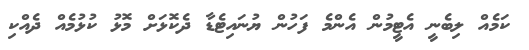
ކަމެއް ލިބެނީ އެޓީމުން އެންމެ ފަހުން ޔުނައިޓެޑާ ދެކޮޅަށް މޮޅު ކުޅުމެއް ދެއްކި